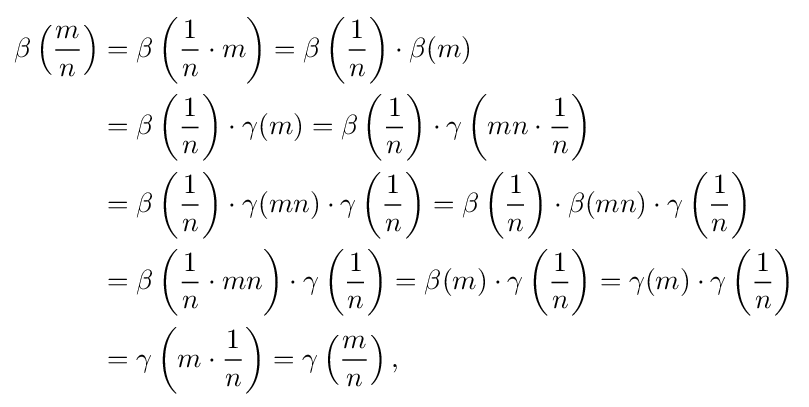
{\begin{aligned}\beta \left({\frac {m}{n}}\right)&=\beta \left({\frac {1}{n}}\cdot m\right)=\beta \left({\frac {1}{n}}\right)\cdot \beta (m)\\&=\beta \left({\frac {1}{n}}\right)\cdot \gamma (m)=\beta \left({\frac {1}{n}}\right)\cdot \gamma \left(mn\cdot {\frac {1}{n}}\right)\\&=\beta \left({\frac {1}{n}}\right)\cdot \gamma (mn)\cdot \gamma \left({\frac {1}{n}}\right)=\beta \left({\frac {1}{n}}\right)\cdot \beta (mn)\cdot \gamma \left({\frac {1}{n}}\right)\\&=\beta \left({\frac {1}{n}}\cdot mn\right)\cdot \gamma \left({\frac {1}{n}}\right)=\beta (m)\cdot \gamma \left({\frac {1}{n}}\right)=\gamma (m)\cdot \gamma \left({\frac {1}{n}}\right)\\&=\gamma \left(m\cdot {\frac {1}{n}}\right)=\gamma \left({\frac {m}{n}}\right),\end{aligned}}